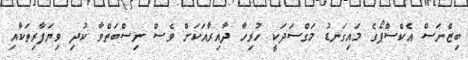
ބިޒްނަސް އެކްސްޕޯގެ މައިގަނޑު މަގްސަދަކީ ހުރިހާ ދާއިރާއަކަށް ވެސް ނިސްބަތްވާ ކުދި ވިޔަފާރިތަކާއި